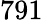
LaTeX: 791